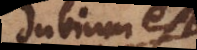
dubium est